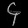
Digit: ၄